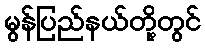
မွန်ပြည်နယ်တို့တွင်